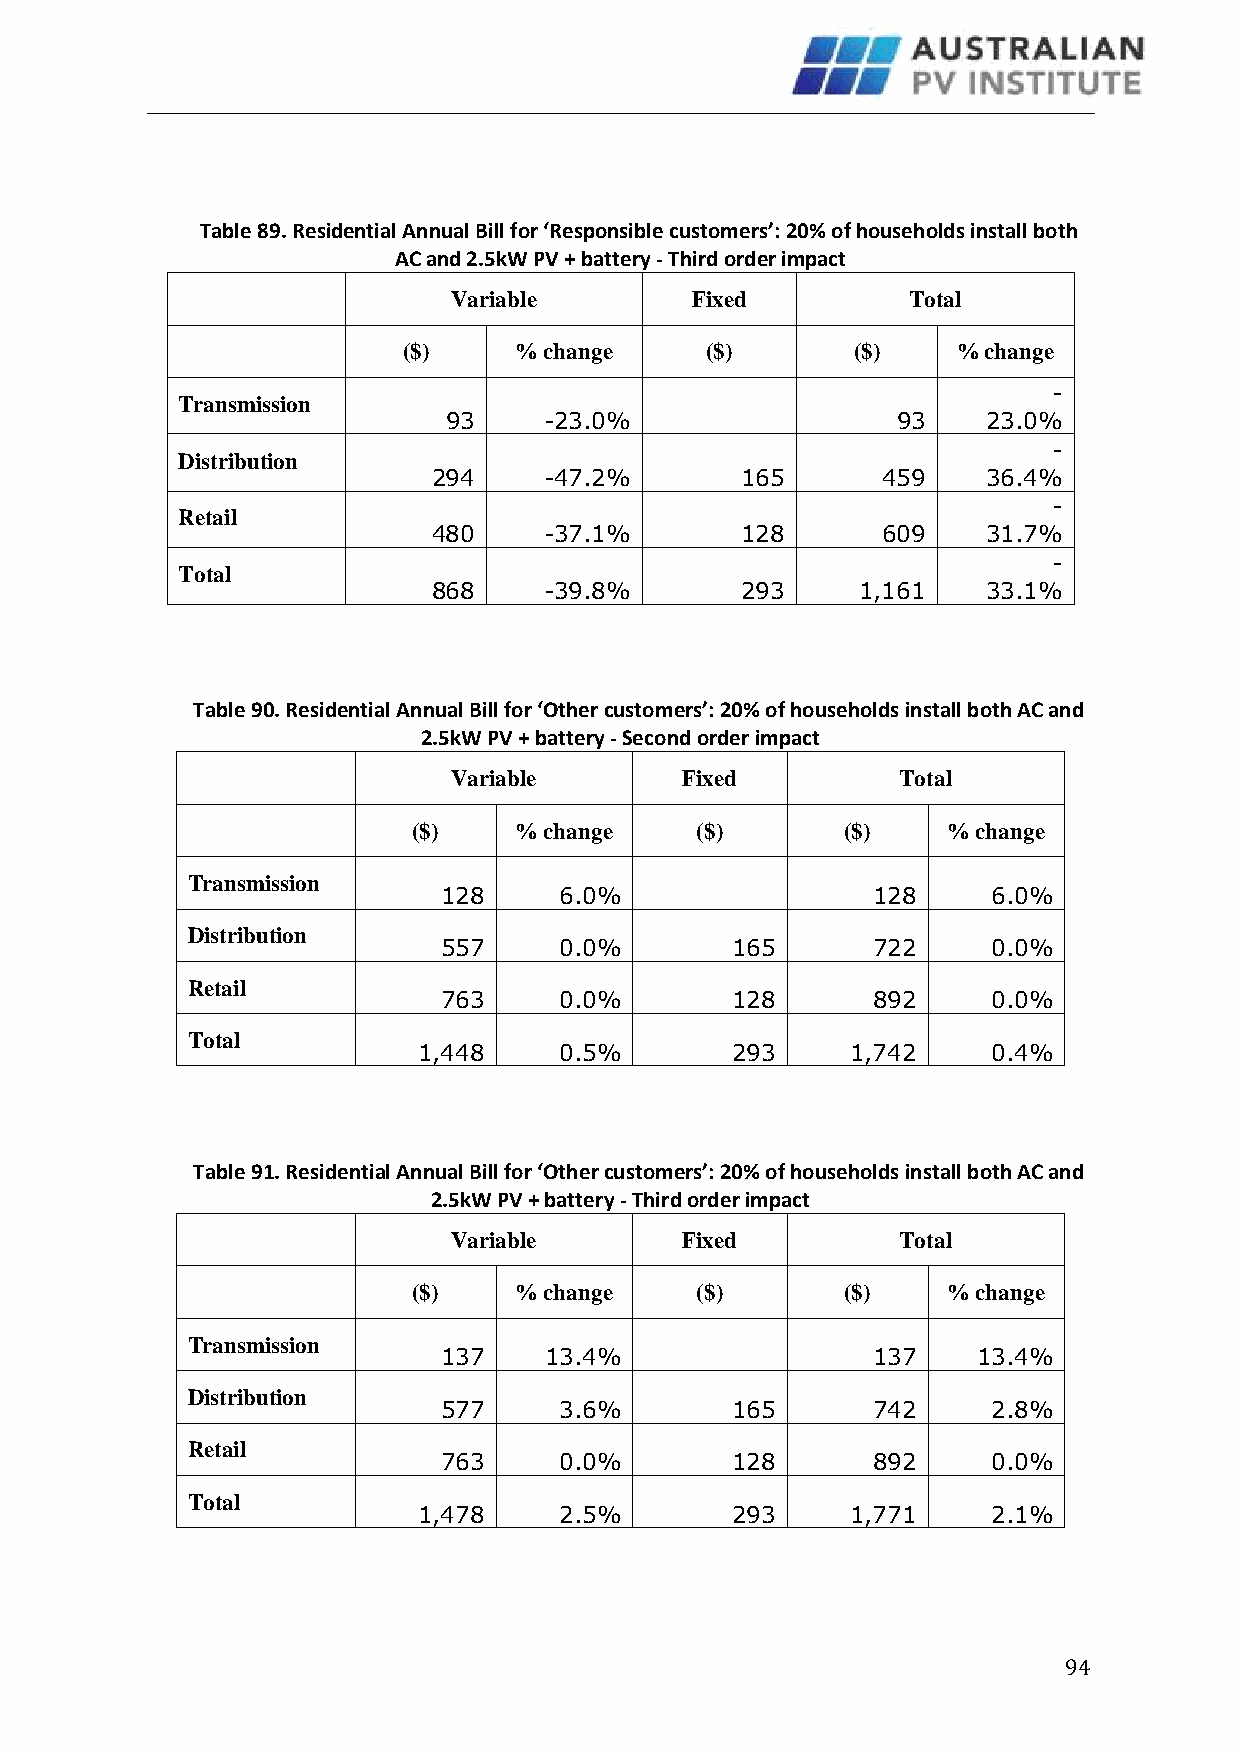
Table 89. Residential Annual Bill for ‘Responsible customers’: 20% of households install both
 AC and 2.5kW PV + battery - Third order impact
 Variable        Fixed         Total
 ($)    % change     ($)      ($)    % change
 -
 Transmission
 93    -23.0%                 93    23.0%
 -
 Distribution
 294    -47.2%       165      459    36.4%
 -
 Retail
 480    -37.1%       128      609    31.7%
 -
 Total
 868    -39.8%       293     1,161   33.1%
 Table 90. Residential Annual Bill for ‘Other customers’: 20% of households install both AC and
 2.5kW PV + battery - Second order impact
 Variable       Fixed          Total
 ($)    % change    ($)       ($)    % change
 Transmission
 128     6.0%                 128     6.0%
 Distribution
 557     0.0%       165       722     0.0%
 Retail
 763     0.0%       128       892     0.0%
 Total
 1,448    0.5%       293     1,742     0.4%
 Table 91. Residential Annual Bill for ‘Other customers’: 20% of households install both AC and
 2.5kW PV + battery - Third order impact
 Variable       Fixed          Total
 ($)    % change    ($)       ($)    % change
 Transmission
 137    13.4%                 137    13.4%
 Distribution
 577     3.6%       165       742     2.8%
 Retail
 763     0.0%       128       892     0.0%
 Total
 1,478    2.5%       293     1,771     2.1%
 94